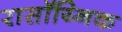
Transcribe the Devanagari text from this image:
रासॉय्निक